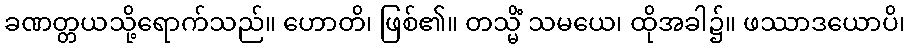
ခဏတ္တယသို့ရောက်သည်။ ဟောတိ၊ ဖြစ်၏။ တသ္မိံ သမယေ၊ ထိုအခါ၌။ ဖဿာဒယောပိ၊